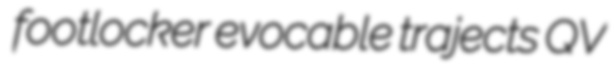
footlocker evocable trajects QV